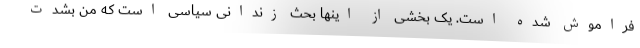
فراموش شده است. یک بخشی از اینها بحث زندانی سیاسی است که من بشدت